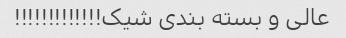
عالی و بسته بندی شیک!!!!!!!!!!!!!